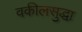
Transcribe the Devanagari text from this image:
वकीलसुद्धा